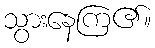
သွားနေကြ၏။